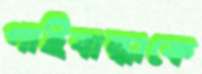
গাইবান্ধাকে